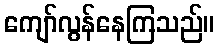
ကျော်လွန်နေကြသည်။